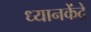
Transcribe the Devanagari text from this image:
ध्यानकेंद्रे